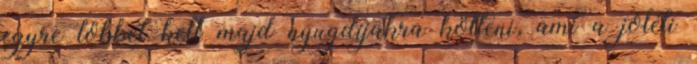
egyre többet kell majd nyugdíjakra költeni, ami a jóléti